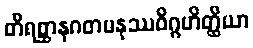
တိရစ္ဆာနဂတမနုဿဝိဂ္ဂဟိတ္ထိယာ